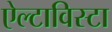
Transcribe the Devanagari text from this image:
ऐल्टाविस्टा